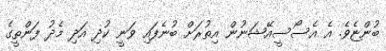
ބުންޏެވެ. އެ އެސޯސީއޭޝަނުން އިތުރަށް ބުނެފައި ވަނީ ކުދި އަދި މެދު ފަންތީގެ